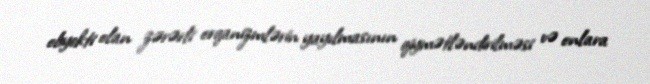
obyekti olan zərərli orqanizmlərin yayılmasının qiymətləndirilməsi və onlara